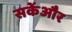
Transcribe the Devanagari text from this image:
सकेंऔर